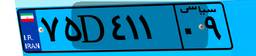
۷۵D۴۱۱۰۹